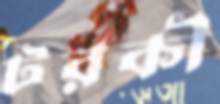
টরকী